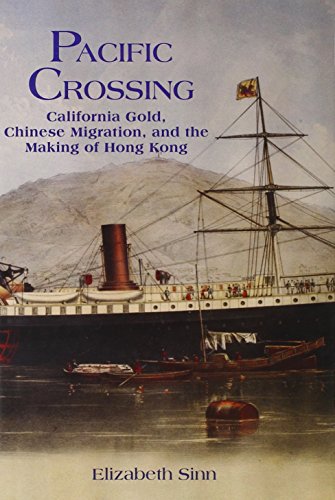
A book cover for Pacific Crossing: California Gold, Chinese Migration, and the Making of Hong Kong; Elizabeth Sinn; History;